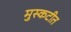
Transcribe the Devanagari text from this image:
मुस्कटीत